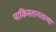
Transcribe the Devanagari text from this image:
पाकिस्तानतल्या